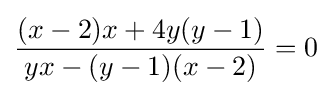
{\frac {(x-2)x+4y(y-1)}{yx-(y-1)(x-2)}}=0